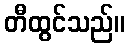
တီထွင်သည်။